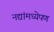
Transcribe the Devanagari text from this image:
नद्यांमध्येपण